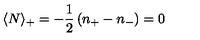
\langle N \rangle _ { + } = - \frac { 1 } { 2 } \left( n _ { + } - n _ { - } \right) = 0